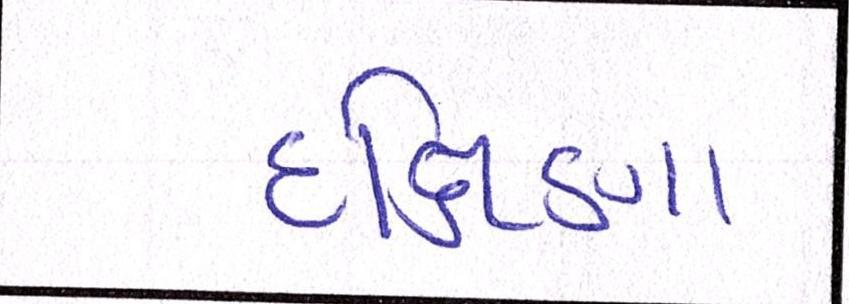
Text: દક્ષિણા